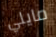
مايلي